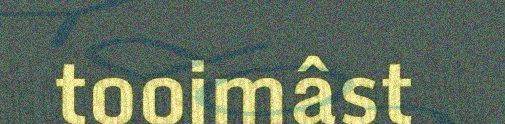
tooimâst